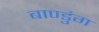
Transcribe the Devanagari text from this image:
बाण्डुंग